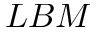
L B M